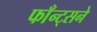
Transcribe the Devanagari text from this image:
फाँन्ट्‌सने